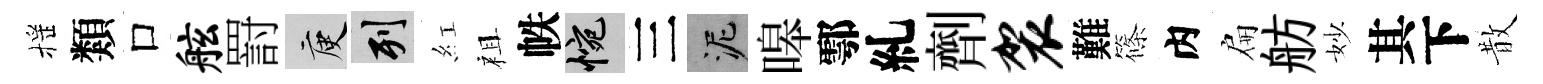
摇類口舷罸庾列紅祖帙惋三泥嗥鄠糺劑袈難篠内扁舫妙其下散